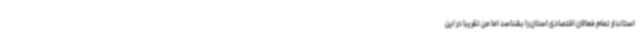
استاندار تمام فعالان اقتصادی استان را بشناسد اما من تقریبا در این